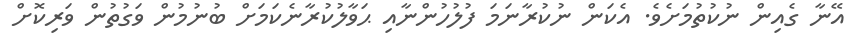
އޭނާ ގެއިން ނުކުތުމަށެވެ. އެކަން ނުކުރާނަމަ ފުލުހުންނާއި ޙަވާލުކުރާނެކަމަށް ބުނުމުން ވަގުތުން ވަރިކޮށް